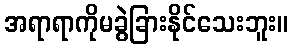
အရာရာကိုမခွဲခြားနိုင်သေးဘူး။